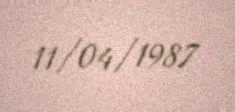
11/04/1987